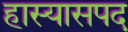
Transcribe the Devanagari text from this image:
हास्यासपद